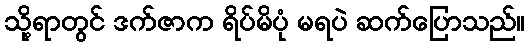
သို့ရာတွင် ဒက်ဇာက ရိပ်မိပုံ မရပဲ ဆက်ပြောသည်။